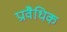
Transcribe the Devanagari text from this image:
प्रावैधिक